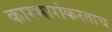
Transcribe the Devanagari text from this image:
कारभारांकरताच